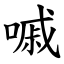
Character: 嘁